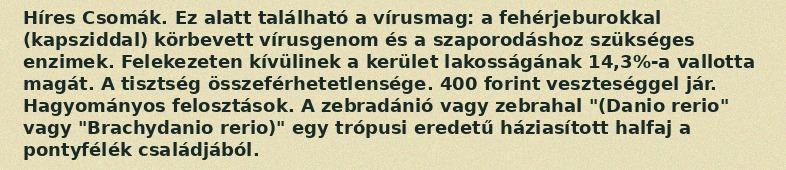
Híres Csomák. Ez alatt található a vírusmag: a fehérjeburokkal (kapsziddal) körbevett vírusgenom és a szaporodáshoz szükséges enzimek. Felekezeten kívülinek a kerület lakosságának 14,3%-a vallotta magát. A tisztség összeférhetetlensége. 400 forint veszteséggel jár. Hagyományos felosztások. A zebradánió vagy zebrahal "(Danio rerio" vagy "Brachydanio rerio)" egy trópusi eredetű háziasított halfaj a pontyfélék családjából.